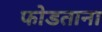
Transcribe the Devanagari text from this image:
फोडताना